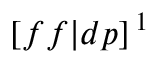
[ f f | d p ] \, ^ { 1 }